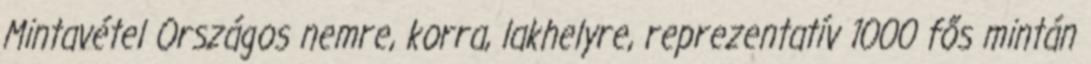
Mintavétel Országos nemre, korra, lakhelyre, reprezentatív 1000 fős mintán